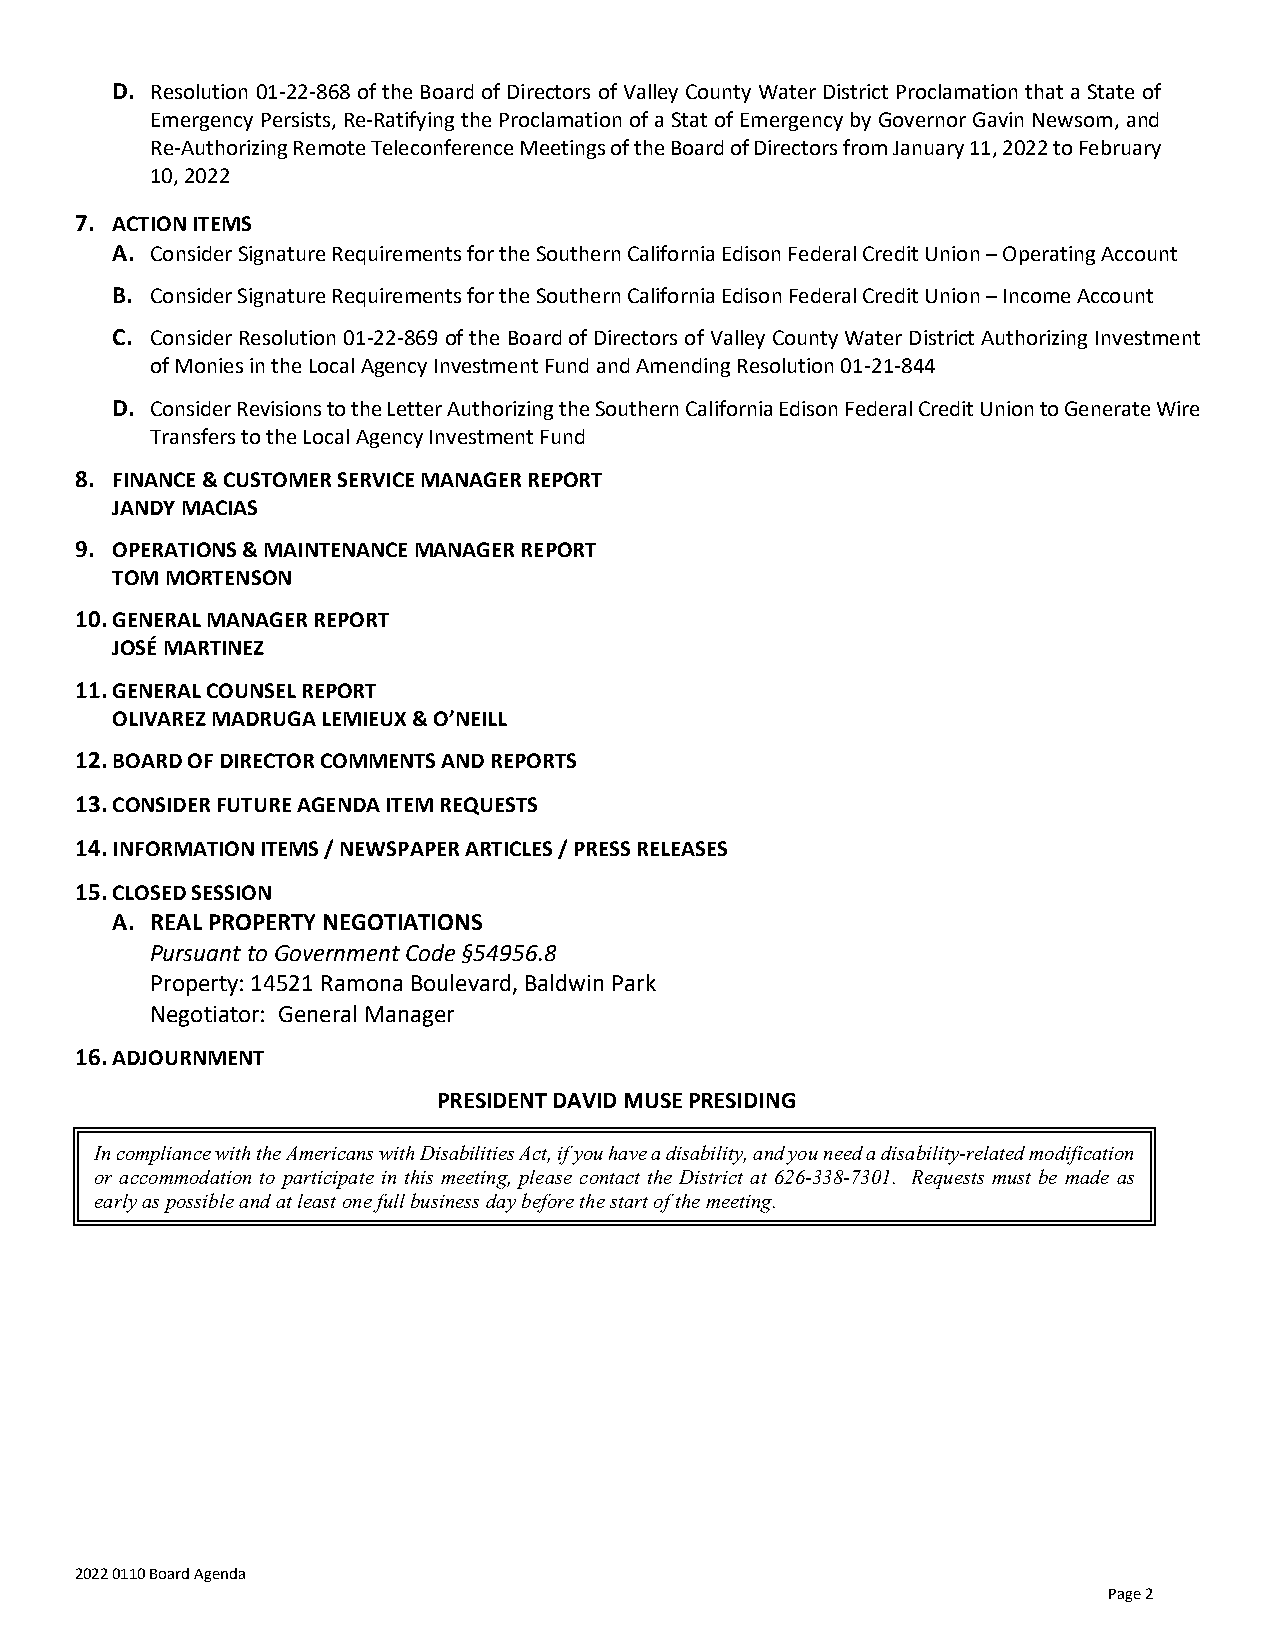
D. Resolution 01-22-868 of the Board of Directors of Valley County Water District Proclamation that a State of
 Emergency Persists, Re-Ratifying the Proclamation of a Stat of Emergency by Governor Gavin Newsom, and
 Re-Authorizing Remote Teleconference Meetings of the Board of Directors from January 11, 2022 to February
 10, 2022
 7. ACTION ITEMS
 A. Consider Signature Requirements for the Southern California Edison Federal Credit Union – Operating Account
 B. Consider Signature Requirements for the Southern California Edison Federal Credit Union – Income Account
 C. Consider Resolution 01-22-869 of the Board of Directors of Valley County Water District Authorizing Investment
 of Monies in the Local Agency Investment Fund and Amending Resolution 01-21-844
 D. Consider Revisions to the Letter Authorizing the Southern California Edison Federal Credit Union to Generate Wire
 Transfers to the Local Agency Investment Fund
 8. FINANCE & CUSTOMER SERVICE MANAGER REPORT
 JANDY MACIAS
 9. OPERATIONS & MAINTENANCE MANAGER REPORT
 TOM MORTENSON
 10. GENERAL MANAGER REPORT
 JOSÉ MARTINEZ
 11. GENERAL COUNSEL REPORT
 OLIVAREZ MADRUGA LEMIEUX & O’NEILL
 12. BOARD OF DIRECTOR COMMENTS AND REPORTS
 13. CONSIDER FUTURE AGENDA ITEM REQUESTS
 14. INFORMATION ITEMS / NEWSPAPER ARTICLES / PRESS RELEASES
 15. CLOSED SESSION
 A. REAL PROPERTY NEGOTIATIONS
 Pursuant to Government Code §54956.8
 Property: 14521 Ramona Boulevard, Baldwin Park
 Negotiator: General Manager
 16. ADJOURNMENT
 PRESIDENT DAVID MUSE PRESIDING
 In compliance with the Americans with Disabilities Act, if you have a disability, and you need a disability-related modification
 or accommodation to participate in this meeting, please contact the District at 626-338-7301. Requests must be made as
 early as possible and at least one full business day before the start of the meeting.
 2022 0110 Board Agenda
 Page 2